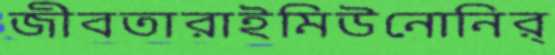
জীবতারাইমিউনোনির্